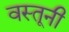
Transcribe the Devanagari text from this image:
वस्तूनी